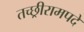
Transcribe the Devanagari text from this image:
तच्छ्रीरामपदे